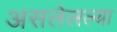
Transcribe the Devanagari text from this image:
असलेलल्या